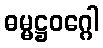
ဓမ္မဋ္ဌဝဂ္ဂေါ